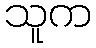
သူက